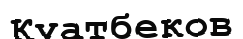
Қуатбеков